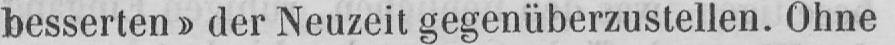
besserten» der Neuzeit gegenüberzustellen. Ohne